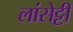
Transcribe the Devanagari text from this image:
लांसेट्टी